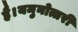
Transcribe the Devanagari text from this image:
है।यमुनोत्तरी